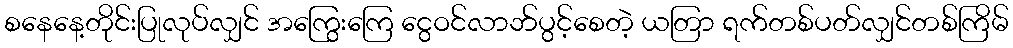
စနေနေ့တိုင်းပြုလုပ်လျှင် အကြွေးကြေ ငွေဝင်လာဘ်ပွင့်စေတဲ့ ယတြာ ရက်တစ်ပတ်လျှင်တစ်ကြိမ်